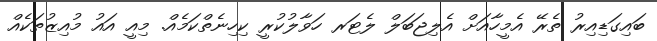
ބައިގަޑިއިރު ތެރޭ އެމީހާއަށް އެލިޖަބަލް ލެޓަރ ހަވާލުކުރީ ކިހިނެތްކަމެއް. މިއީ އައު މުއިޒުތަކެއް